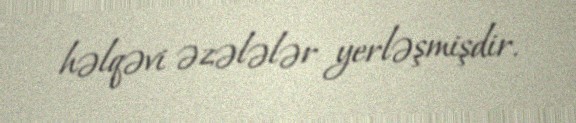
həlqəvi əzələlər yerləşmişdir.